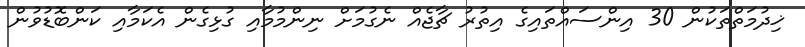
ޚިދުމަތްތަކުން 30 އިންސައްތައިގެ އިތުރު ޗާޖެއް ނެގުމަށް ނިންމުމާއި ގުޅިގެން އެކަމާއި ކަންބޮޑުވުން